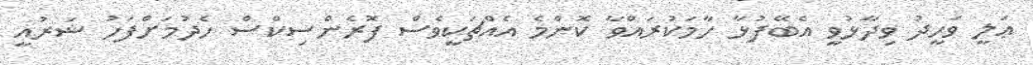
ޢަލީ ވަހީދު ވިދާޅުވީ އެބޭފުޅާ ހާމަކުރައްވާ ކޮންމެ އެއްޗަކީވެސް ފޮރެންސިކްސް ހެދުމަށްފަހު ޝަރުއީ